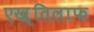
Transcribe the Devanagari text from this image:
एख़्तिलाफ